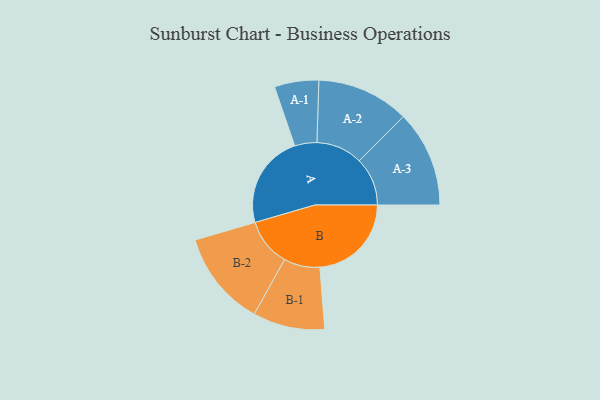
{"axis": {"x": "Segment", "y": "Value"}, "legend": ["", "A", "B"], "data": [{"x": "A", "y": 481, "type": ""}, {"x": "B", "y": 471, "type": ""}, {"x": "A-1", "y": 114, "type": "A"}, {"x": "A-2", "y": 238, "type": "A"}, {"x": "A-3", "y": 248, "type": "A"}, {"x": "B-1", "y": 185, "type": "B"}, {"x": "B-2", "y": 246, "type": "B"}]}